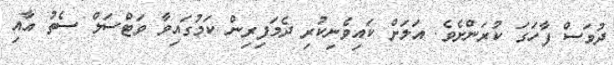
ދުވަސް ފާހަގަ ކުރަންށެވެ. އަލަށް ކައިވެނިކުރި ދެމަފިރިން ކަމުގައިވާ ވަޓްސަލް ސެތު އާއި